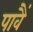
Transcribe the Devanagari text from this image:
पावैं